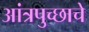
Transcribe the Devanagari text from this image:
आंत्रपुच्छाचे